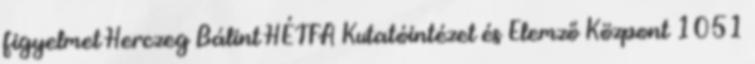
figyelmet Herczeg Bálint HÉTFA Kutatóintézet és Elemző Központ 1051